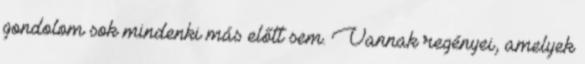
gondolom sok mindenki más előtt sem. Vannak regényei, amelyek